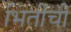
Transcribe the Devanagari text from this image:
भिंतींची